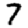
Digit: 7